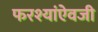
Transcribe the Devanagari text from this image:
फरश्यांऐवजी